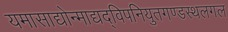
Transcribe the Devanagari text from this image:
यमासाद्योन्माद्यद्विपनियुतगण्डस्थलगल